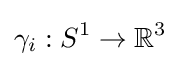
\gamma _{i}:S^{1}\rightarrow \mathbb {R} ^{3}